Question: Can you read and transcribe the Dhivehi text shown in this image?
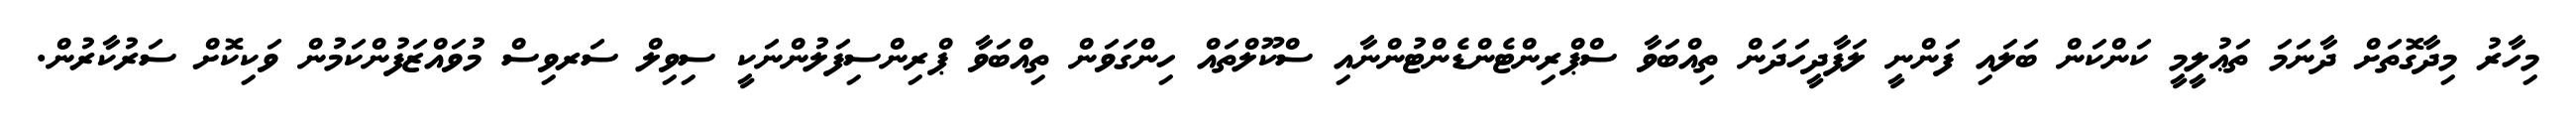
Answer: މިހާރު މިދާގޮތަށް ދާނަމަ ތަޢުލީމީ ކަންކަން ބަލައި ފަންނީ ލަފާދީހަދަން ތިއްބަވާ ސްޕްރިންޓެންޑެންޓުންނާއި ސްކޫލްތައް ހިންގަވަން ތިއްބަވާ ޕްރިންސިފަލުންނަކީ ސިވިލް ސަރވިސް މުވައްޒަފުންކަމުން ވަކިކޮށް ސަރުކާރުން.